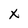
Character: x